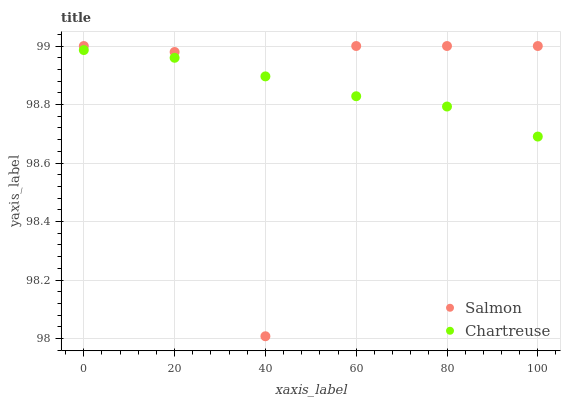
| xaxis_label | Salmon | Chartreuse |
 | --- | --- | --- |
 | 0 | 99 | 99 |
 | 20 | 99 | 99 |
 | 40 | 98 | 98.9 |
 | 60 | 99 | 98.8 |
 | 80 | 99 | 98.8 |
 | 100 | 99 | 98.7 |